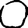
Digit: 0